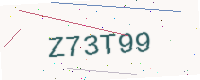
Text: Z73T99